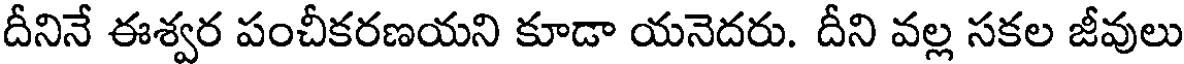
దీనినే ఈశ్వర పంచీకరణయని కూడా యనెదరు. దీని వల్ల సకల జీవులు